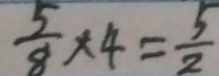
\frac { 5 } { 8 } \times 4 = \frac { 5 } { 2 }